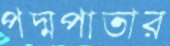
পদ্মপাতার